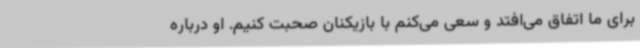
برای ما اتفاق می‌افتد و سعی می‌کنم با بازیکنان صحبت کنیم. او درباره